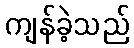
ကျန်ခဲ့သည်